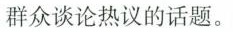
群众谈论热议的话题。